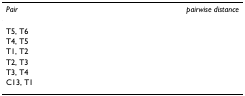
<table><thead><tr><td><b><i>Pair</i></b></td><td><b><i>pairwise distance</i></b></td></tr></thead><tbody><tr><td>T5, T6</td><td>[EMPTY_CELL]</td></tr><tr><td>T4, T5</td><td>[EMPTY_CELL]</td></tr><tr><td>T1, T2</td><td>[EMPTY_CELL]</td></tr><tr><td>T2, T3</td><td>[EMPTY_CELL]</td></tr><tr><td>T3, T4</td><td>[EMPTY_CELL]</td></tr><tr><td>C13, T1</td><td>[EMPTY_CELL]</td></tr></tbody></table>